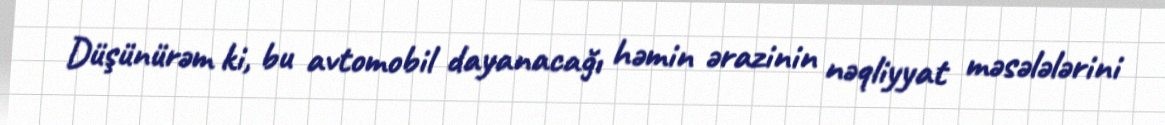
Düşünürəm ki, bu avtomobil dayanacağı həmin ərazinin nəqliyyat məsələlərini